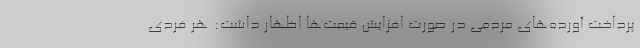
پرداخت آورده‌های مردمی در صورت افزایش قیمت‌ها اظهار داشت: هر فردی